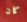
كان